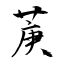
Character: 菮